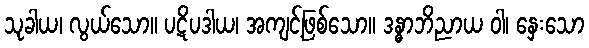
သုခါယ၊ လွယ်သော။ ပဋိပဒါယ၊ အကျင့်ဖြစ်သော။ ဒန္ဓာဘိညာယ ဝါ၊ နှေးသော